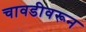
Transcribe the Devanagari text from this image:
चावडीवरून